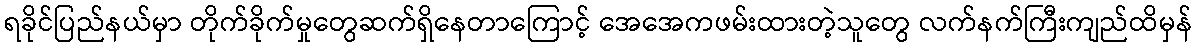
ရခိုင်ပြည်နယ်မှာ တိုက်ခိုက်မှုတွေဆက်ရှိနေတာကြောင့် အေအေကဖမ်းထားတဲ့သူတွေ လက်နက်ကြီးကျည်ထိမှန်